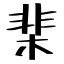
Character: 棐